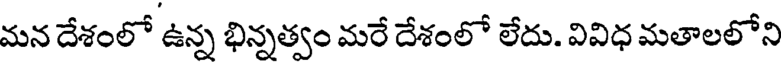
మన దేశంలో ఉన్న భిన్నత్వం మరే దేశంలో లేదు. వివిధ మతాలలోని